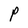
Character: P